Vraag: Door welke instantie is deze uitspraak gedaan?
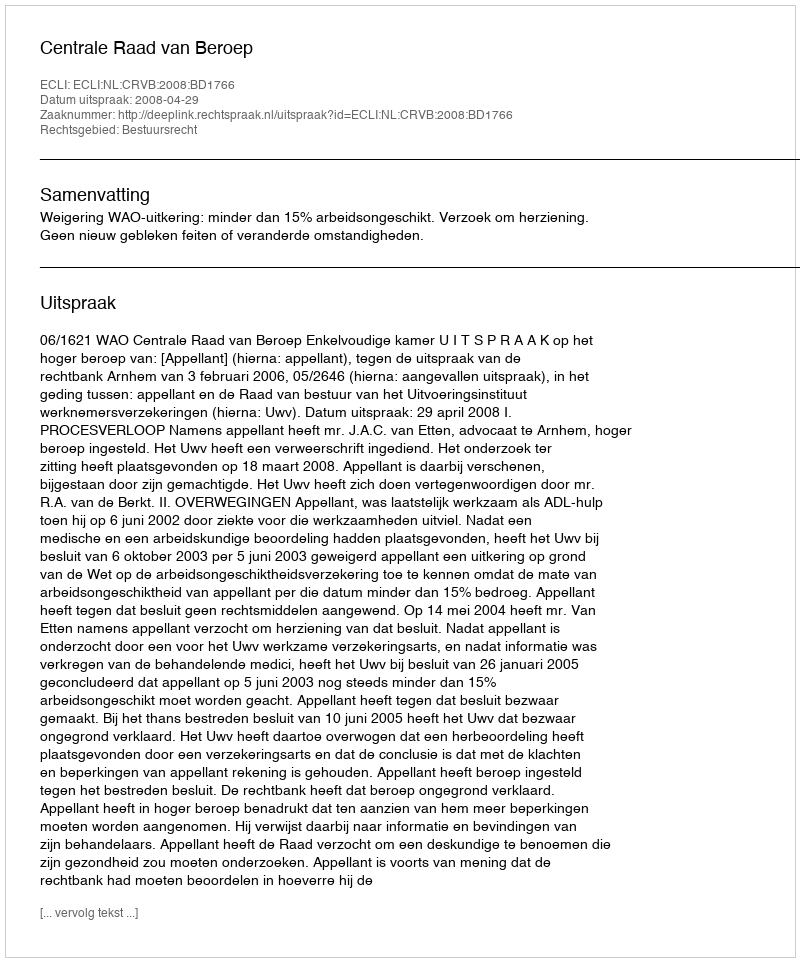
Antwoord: Centrale Raad van Beroep